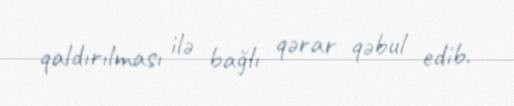
qaldırılması ilə bağlı qərar qəbul edib.